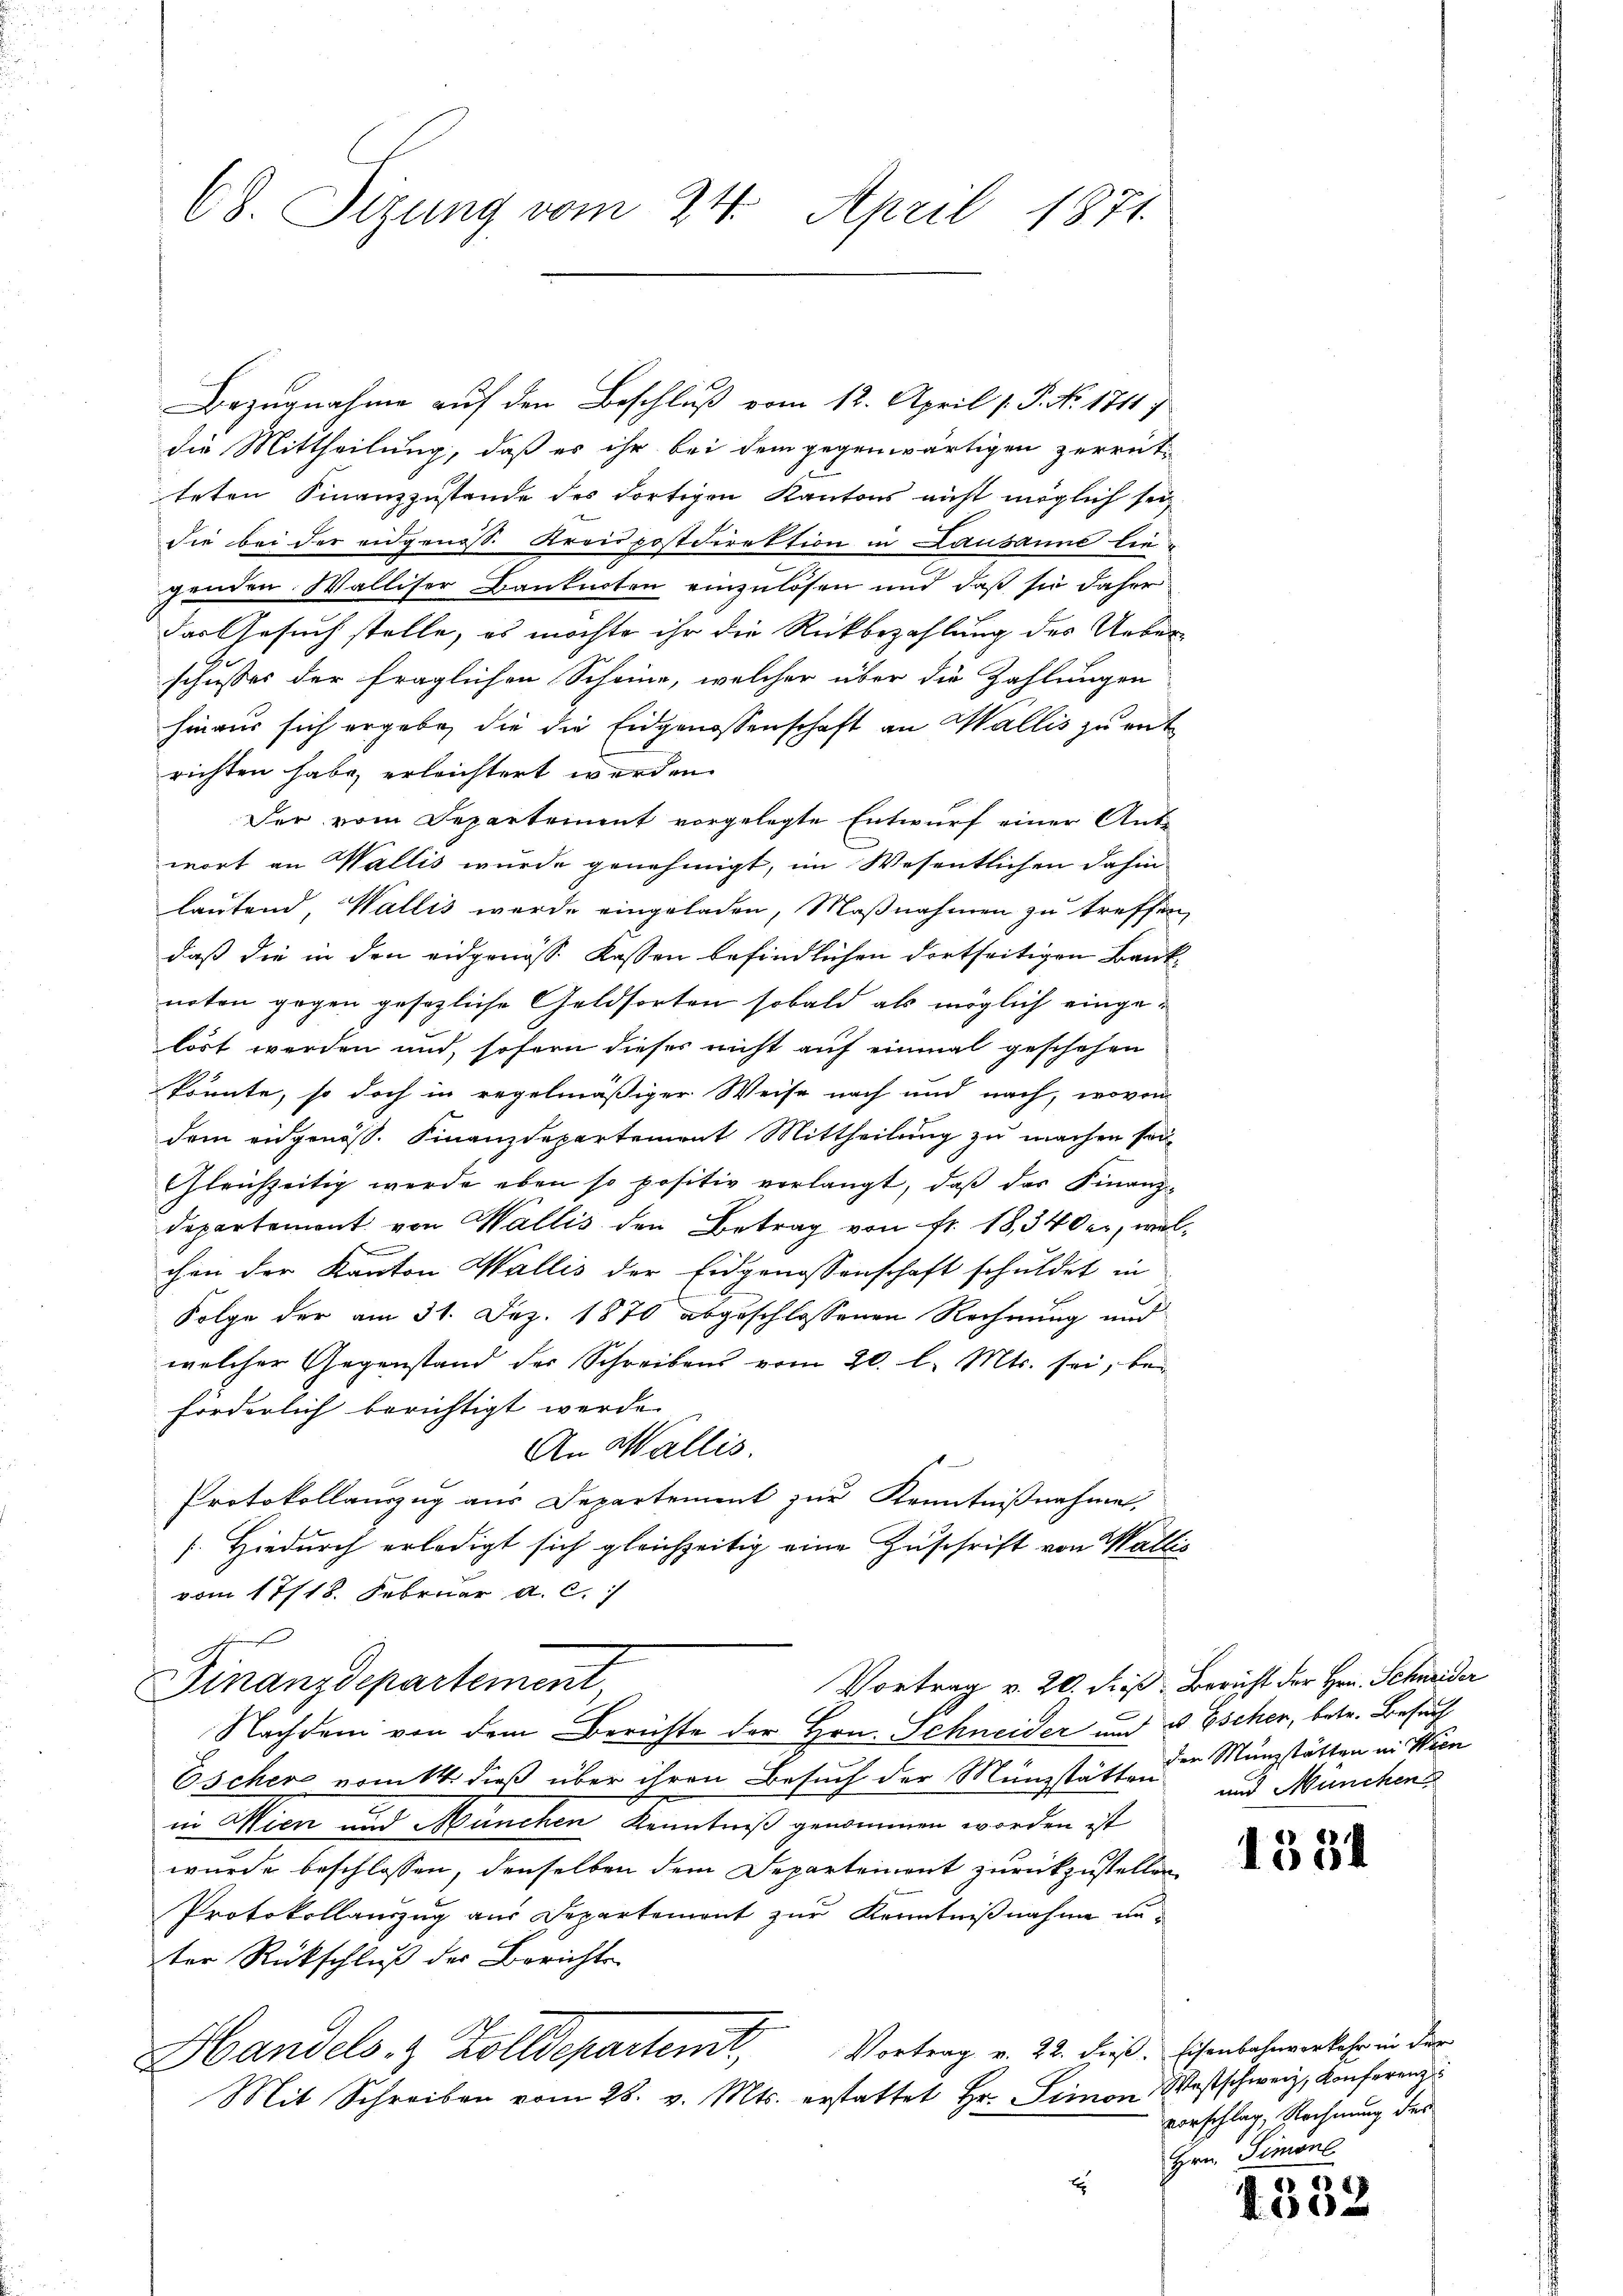
68. Sizung vom 24. April 1871.

Bezugnahme auf den Beschluß vom 12. April [ P. No. 1711
die Mittheilung, daß es ihr bei dem gegenwärtigen zerrütteten Finanzzustande des dortigen Kantons nicht möglich sei
die bei der eidgenoss. Kreispostdirektion in Lausanne liegenden Walliser Banknoten einzulösen und daß sie daher
das Gesuch stelle, es möchte ihr die Rückbezahlung des Ueberschusses der fraglichen Scheine, welcher über die Zahlungen
hinaus sich ergebe, die die Eidgenossenschaft an Wallis zu entrichten habe, erleichtert werden
Der vom Departement vorgelegte Entwurf einer Ante
wort an Wallis wurde genehmigt, im Wesentlichen dahin
lautend, Wallis wurde eingeladen, Maßnahmen zu treffen,
daß die in den eidgenoss Kassen befindlichen dortseitigen Banknoton gegen gesezliche Geldsorten sobald als möglich eingelöst werden und, sofern dieser nicht auf einmal geschehen
könnte, so doch in regelmäßiger Weise nach und nach, wovon
dem eidgenöss. Finanzdepartement Mittheilung zu machen son¬
Gleichzeitig werde eben so positiv verlangt, daβ das Finanz-
departemont von Wallis den Betrag von Fr. 18,340 er, welf
chen der Kanton Wallis der Eidgenossenschaft schuldet in
Folge der am 31. Dez. 1870 abgeschlossenen Rechnung und
welcher Gegenstand des Schreibens vom 20. l. Mts. sei, beförderlich berichtigt werde.
An Wallis.
Protokollauszug aus Departement zur Kenntnißnahme.
s. Hiedurch erledigt sich gleichzeitig eine Zuschrift von Wallis
vom 17/18. Februar a. c.
u
Vortrag v. 20. dieß, Bericht der Hrn. Schneider
Finanzdepartement
Nachdem von dem Berichte der Hrn. Schneider und & Escher, betr. Besuch
Escher vom 14. dieß über ihren Besuch der Münzstätte der Münzstätten in Wien
in Wien und München Kenntniß genommen worden ist
wurde beschlossen, denselben dem Departement zurückzustellen
Protokollauszug aus Departement zur Kenntnißnahme unter Rückschluß der Berichts-
Handels- & Zolldepartent, Vortrag v. 22. dieß. Eisenbahnverkehr in der
Mit Schreiben vom 28. v. Mts. erstattet Hr. Simon Westschweiz, Konferenz
E

und Münchens

1334

vorschlag, Rechnung der
Hrn. Sinnl

1332